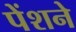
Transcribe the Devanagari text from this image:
पेंशने